Annual report of the Punjab Veterinary College and of the Civil Veterinary Department, Punjab - 1926-1932
Year: 1926
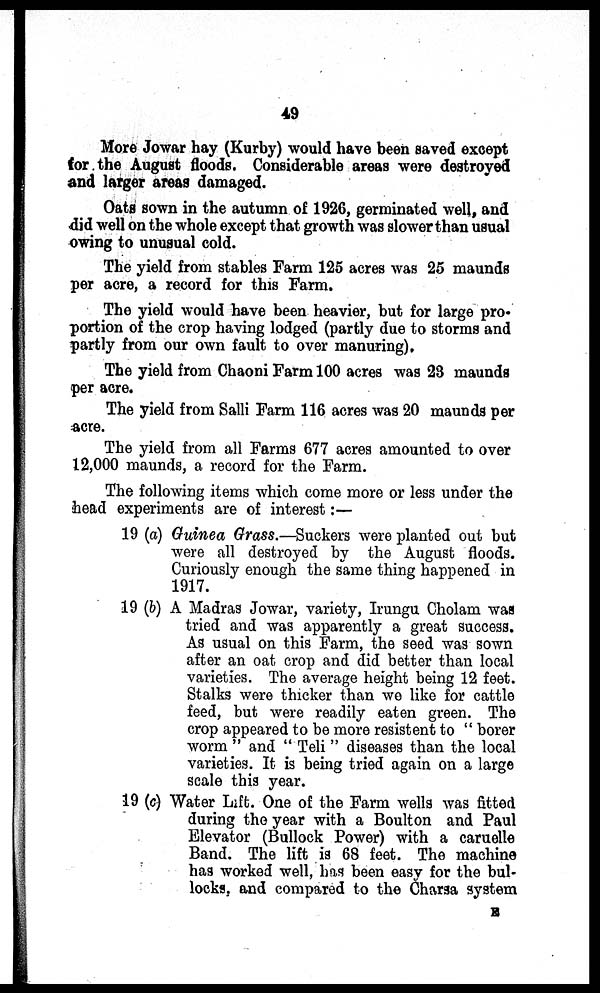
49
More Jowar hay (Kurby) would have been saved except
for the August floods. Considerable areas were destroyed
and larger areas damaged.
Oats sown in the autumn of 1926, germinated well, and
did well on the whole except that growth was slower than usual
owing to unusual cold.
The yield from stables Farm 125 acres was 25 maunds
per acre, a record for this Farm.
The yield would have been heavier, but for large pro-
portion of the crop having lodged (partly due to storms and
partly from our own fault to over manuring).
The yield from Chaoni Farm 100 acres was 23 maunds
per acre.
The yield from Salli Farm 116 acres was 20 maunds per
acre.
The yield from all Farms 677 acres amounted to over
12,000 maunds, a record for the Farm.
The following items which come more or less under the
head experiments are of interest:—
19 (a) Guinea Grass.—Suckers were planted out but
were all destroyed by the August floods.
Curiously enough the same thing happened in
1917.
19 (b) A Madras Jowar, variety, Irungu Cholam was
tried and was apparently a great success.
As usual on this Farm, the seed was sown
after an oat crop and did better than local
varieties. The average height being 12 feet.
Stalks were thicker than we like for cattle
feed, but were readily eaten green. The
crop appeared to be more resistent to " borer
worm " and " Teli " diseases than the local
varieties. It is being tried again on a large
scale this year.
19 (c) Water Lift. One of the Farm wells was fitted
during the year with a Boulton and Paul
Elevator (Bullock Power) with a caruelle
Band. The lift is 68 feet. The machine
has worked well, has been easy for the bul-
locks, and compared to the Charsa system
E